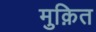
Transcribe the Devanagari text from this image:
मुक़ित